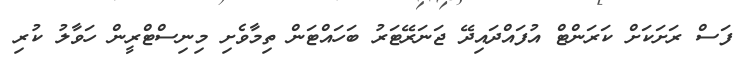
ފަސް ރަށަކަށް ކަރަންޓް އުފައްދައިދޭ ޖަނަރޭޓަރު ބަހައްޓަން ތިމާވެށި މިނިސްޓްރީން ހަވާލު ކުރި